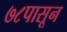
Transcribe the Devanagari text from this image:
७८पासून